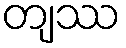
တျဿ